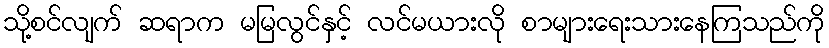
သို့စင်လျက် ဆရာက မမြလွင်နှင့် လင်မယားလို စာများရေးသားနေကြသည်ကို